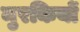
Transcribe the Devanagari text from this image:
मुरकियों